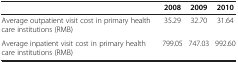
<table><thead><tr><td><b> </b></td><td><b>2008</b></td><td><b>2009</b></td><td><b>2010</b></td></tr></thead><tbody><tr><td>Average outpatient visit cost in primary health care institutions (RMB)</td><td>35.29</td><td>32.70</td><td>31.64</td></tr><tr><td>Average inpatient visit cost in primary health care institutions (RMB)</td><td>799.05</td><td>747.03</td><td>992.60</td></tr></tbody></table>